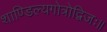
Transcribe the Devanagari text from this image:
शाण्डिल्यगोत्रोद्विजः॥